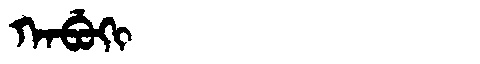
Manchu: ᡴᠠᠪᡠᡴᡳ
Romanization: KABUKI